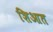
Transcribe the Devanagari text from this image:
शिआत